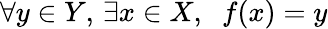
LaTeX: \forall y\in Y,\, \exists x\in X,\; \; f(x)=y